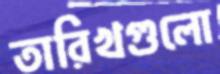
তারিখগুলো